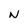
Character: N